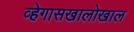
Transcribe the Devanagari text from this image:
व्हेगासखालोखाल